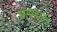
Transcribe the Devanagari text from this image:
भाषावादि